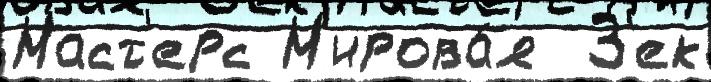
Маст'ерс М'ирова́я  З'ек